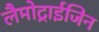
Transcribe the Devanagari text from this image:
लैमोट्राईजिन